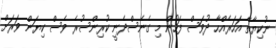
ނުކިޔާތާ އަހަރެއްހާ ދުވަސް ފަހުން މި ގެނެސްދެނީ ކުރިންސުރެ ވެސް ކިޔަން ވަރަށް